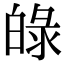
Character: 𤽺